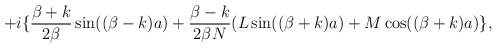
\begin{align*}+i\{\frac{\beta+k}{2\beta}\sin((\beta-k)a)+\frac{\beta-k}{2\beta N}(L\sin((\beta+k)a)+M\cos((\beta+k)a)\},\end{align*}